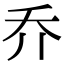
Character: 乔